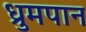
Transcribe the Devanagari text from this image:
ध्रुमपान